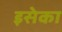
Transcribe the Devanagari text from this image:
इसेका